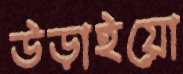
উড়াইয়ো